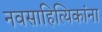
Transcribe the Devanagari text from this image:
नवसाहित्यिकांना